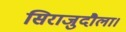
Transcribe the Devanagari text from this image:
सिराजुदौला।